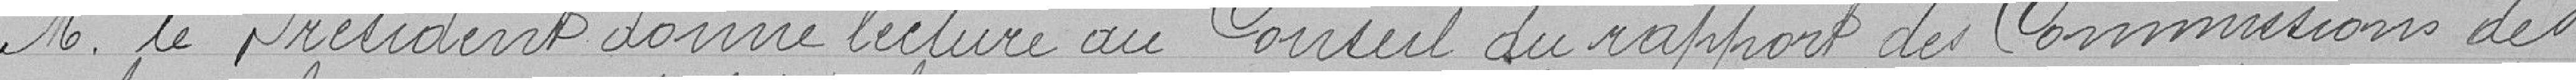
M. le Président donne lecture au Conseil du rapport des Commissions des